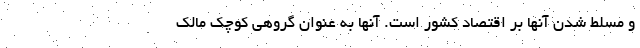
و مسلط شدن آنها بر اقتصاد کشور است. آنها به عنوان گروهی کوچک مالک